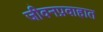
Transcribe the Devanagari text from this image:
जीवनप्रवाहात